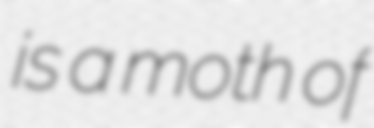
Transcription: is a moth of